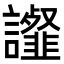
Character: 𧭸